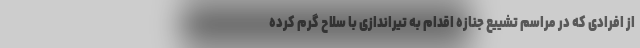
از افرادی که در مراسم تشییع جنازه اقدام به تیراندازی با سلاح گرم کرده